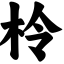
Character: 柃